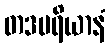
တဒမရိယာနံ